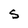
Character: s